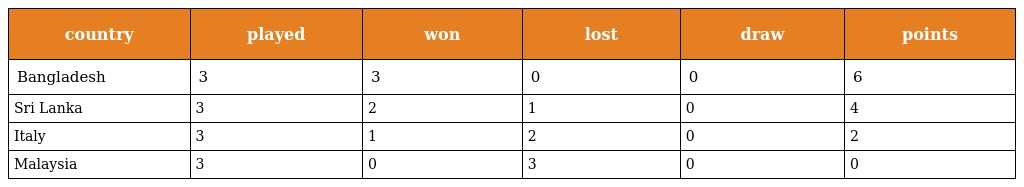
| country | played | won | lost | draw | points |
 | --- | --- | --- | --- | --- | --- |
 | Bangladesh | 3 | 3 | 0 | 0 | 6 |
 | Sri Lanka | 3 | 2 | 1 | 0 | 4 |
 | Italy | 3 | 1 | 2 | 0 | 2 |
 | Malaysia | 3 | 0 | 3 | 0 | 0 |